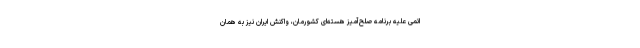
اتمی علیه برنامه صلح‌آمیز هسته‌ای کشورمان، واکنش ایران نیز به همان